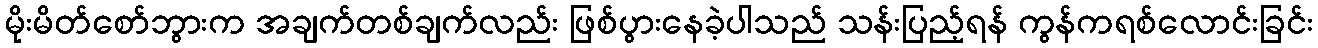
မိုးမိတ်စော်ဘွားက အချက်တစ်ချက်လည်း ဖြစ်ပွားနေခဲ့ပါသည် သန်းပြည့်ရန် ကွန်ကရစ်လောင်းခြင်း